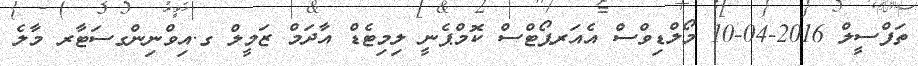
ތަފްސީލް 2016-04-10 މޯލްޑިވްސް އެއަރޕޯޓްސް ކޮމްޕެނީ ލިމިޓެޑް އާދަމް ޒަމީލް ގ.އިވްނިންގސަޓާރ މާލެ